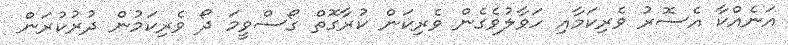
އަނެއްކާ އެސޮރު ވެރިކަމާއި ހަވާލުވެގެން ވެރިކަން ކުރާގޮތް ގޯސްވީމަ ދޯ ވެރިކަމުން ދުރުކުރަން